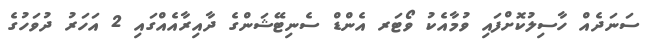
ސަނަދެއް ހާސިލުކޮށްފައި ވުމާއެކު ވޯޓަރ އެންޑް ސެނިޓޭޝަންގެ ދާއިރާއެއްގައި 2 އަހަރު ދުވަހުގެ